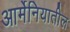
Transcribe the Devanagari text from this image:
आर्मेनियातील